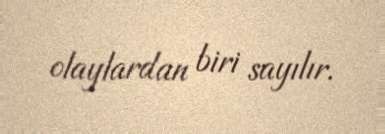
olaylardan biri sayılır.